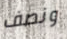
ونصف